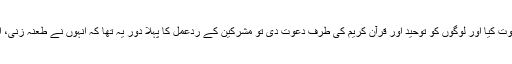
جناب رسول اللہ صلی اللہ علیہ وسلم نے جب وحی کے نزول کے بعد اعلان نبوت کیا اور لوگوں کو توحید اور قرآن کریم کی طرف دعوت دی تو مشرکین کے ردعمل کا پہلا دور یہ تھا کہ انہوں نے طعنہ زنی، الزامات اور افتراءات کے ذریعے اس دعوت کا راستہ روکنے کی کوشش کی۔